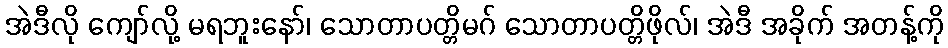
အဲဒီလို ကျော်လို့ မရဘူးနော်၊ သောတာပတ္တိမဂ် သောတာပတ္တိဖိုလ်၊ အဲဒီ အခိုက် အတန့်ကို